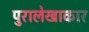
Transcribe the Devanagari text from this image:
पुरालेखाकार